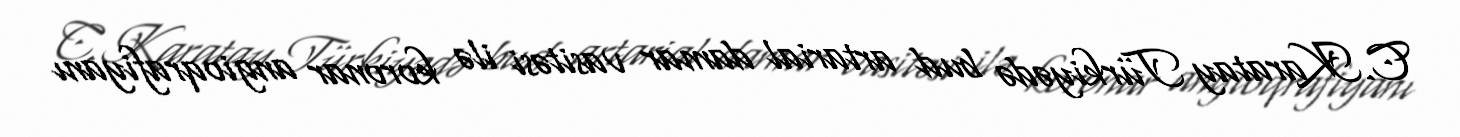
C.Karatay Türkiyədə bud artarial damar vasitəsi ilə koronar angioqrafiyanı